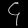
Digit: ၄